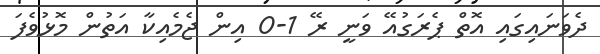
ދެވަނައިގައި އޮތް ޕެރަގުއޭ ވަނީ ރޭ 1-0 އިން ޖެމެއިކާ އަތުން މޮޅުވެފަ